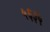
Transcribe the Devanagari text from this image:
५६३५